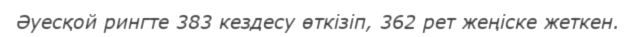
Әуесқой рингте 383 кездесу өткізіп, 362 рет жеңіске жеткен.